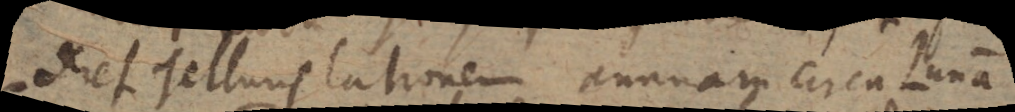
deret Telluris lationem annuam circa Lunam